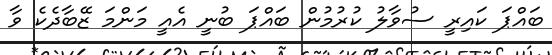
ބައްޕަ ކައިރީ ސުވާލު ކުރުމުން ބައްޕަ ބުނީ އެއީ މަންމަ ޒޭބާދެކެ ވާ